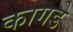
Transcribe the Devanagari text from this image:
कागडे